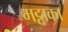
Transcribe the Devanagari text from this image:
मट्टाका